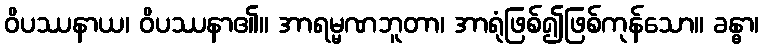
ဝိပဿနာယ၊ ဝိပဿနာ၏။ အာရမ္မဏဘူတာ၊ အာရုံဖြစ်၍ဖြစ်ကုန်သော။ ခန္ဓာ၊